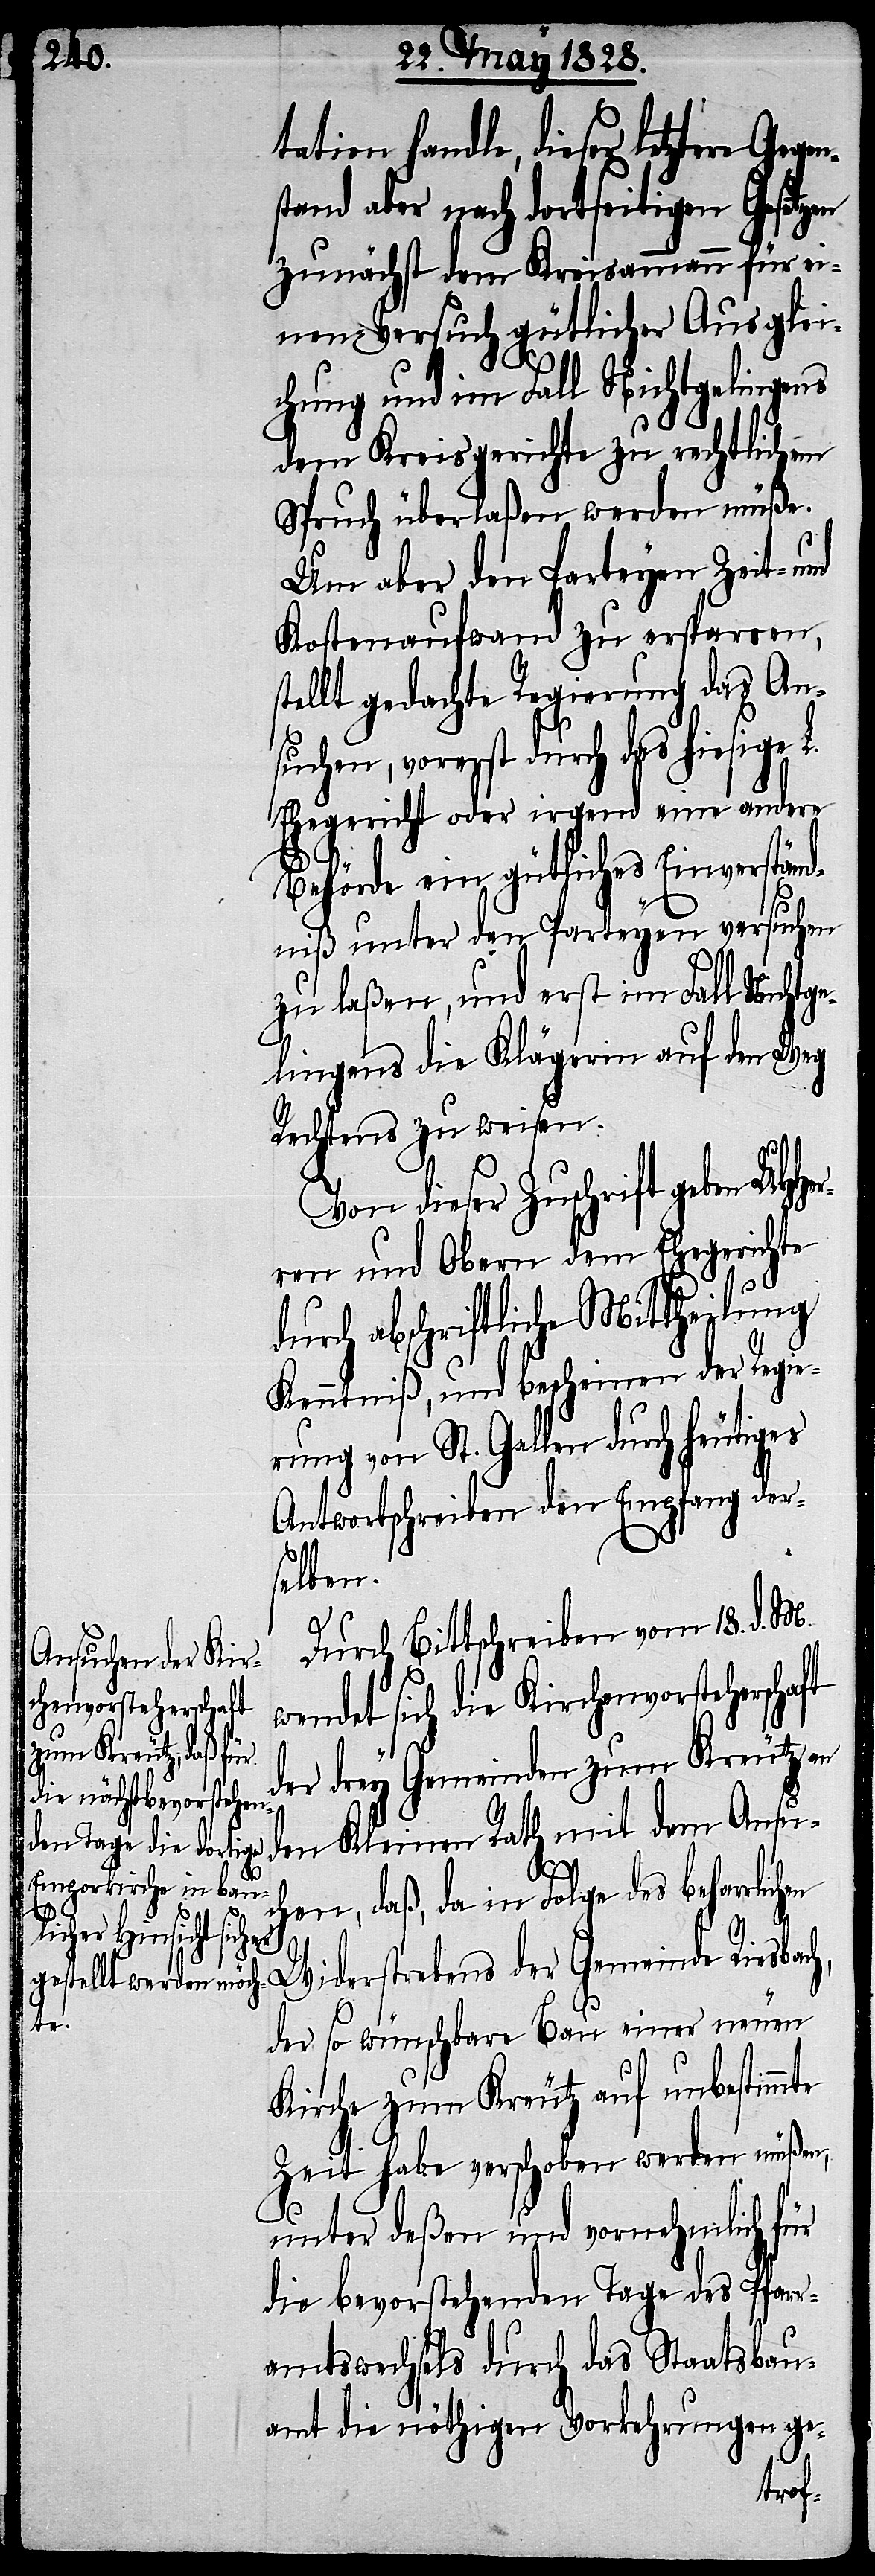
chenvorsteherschaft

tation handle, dieser letztere Ge¬
stand aber nach dortseitigen Gesetzen
zunächst dem Kreisammann für ei¬
nen Versuch gütlicher Ausglei¬
chung und im Fall Nichtgelingens
dem Kreisgericht zu rechtlichem
Spruch überlaßen werden müße.
Um aber den Parteyen Zeit- und
Kostenaufwand zu ersparen,
tellt gedachte Regierung das An¬
suchen, vorerst durch das hiesige L.
Ehegericht oder irgend eine andere
Behörde ein gütliches Einverständ¬
niß unter den Parteyen versuchen
zu laßen, und erst im Fall Nichtge¬
lingens die Klägerin auf den Weg
Rechtens zu weisen.
wendet sich die Kir¬
ren und Obern dem Ehegerichte
r¬
durch abschriftliche Mittheilung
Kenntniß, und bescheinen der Regie¬
rung von St. Gallen durch heutiges
Antwortschreiben den Empfang der¬
selben.
Durch Bittschreiben vom 18. d. M.
der drey Gemeinden zum Kreutz an
den Kleinen Rath mit dem Ansu¬
chen, daß, da in Folge des beharrlic¬
hen
Widerstrebens der Gemeinde Riesbach,
der so wünschbare Bau einer neuen
Kirche zum Kreutz auf unbestimmte
Zeit habe verschoben werden müßen,
unter deßen und vornehmlich für
die bevorstehenden Tage des Pfarr¬
amtswechsels durch das Staatsbau¬
amt die nöthigen Vorkehrungen ge-